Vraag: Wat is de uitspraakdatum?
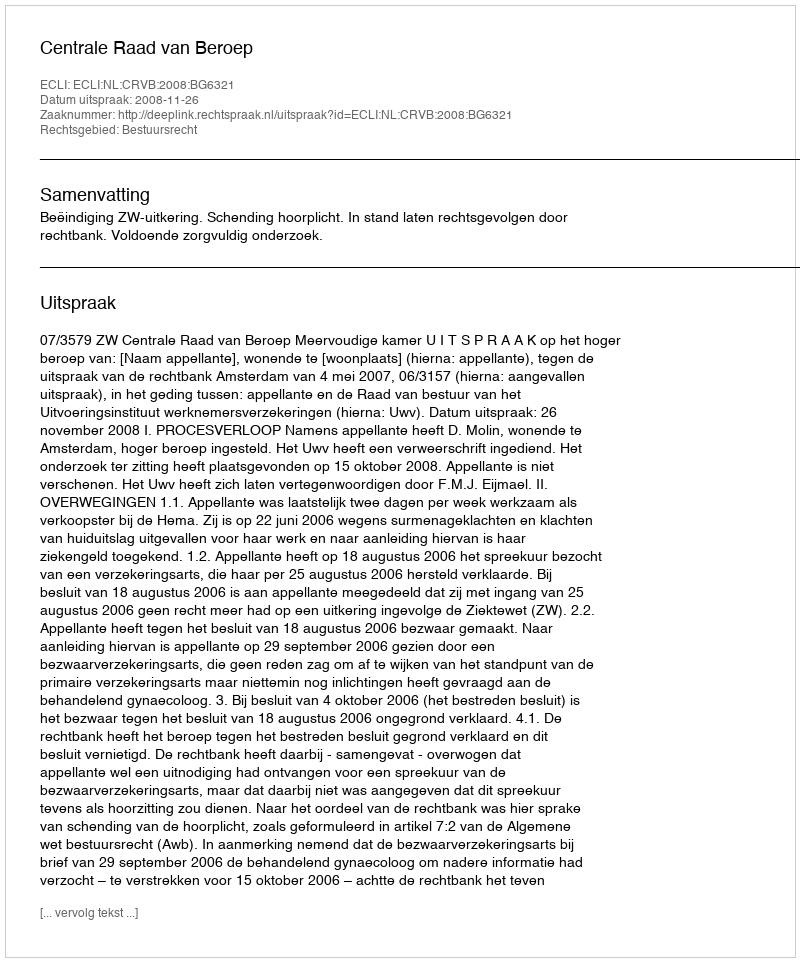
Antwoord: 2008-11-26